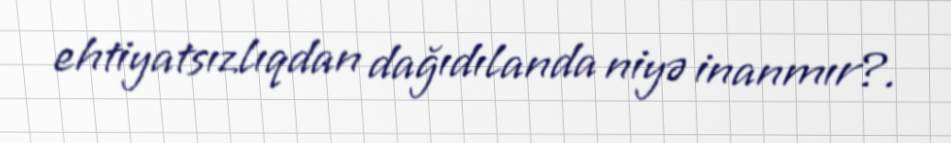
ehtiyatsızlıqdan dağıdılanda niyə inanmır?.